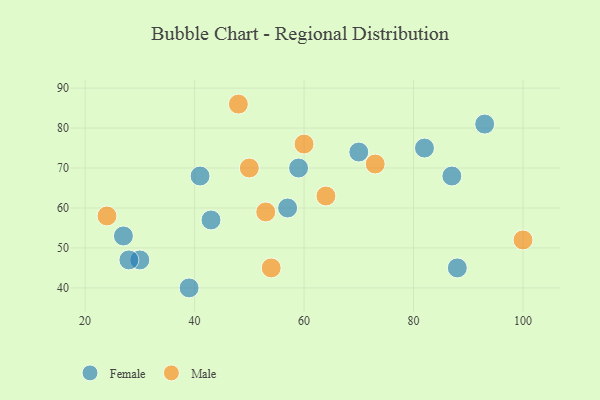
{"axis": {"x": "GDP", "y": "Life Expectancy"}, "legend": ["Female", "Male"], "data": [{"x": "82", "y": 75, "type": "Female"}, {"x": "30", "y": 47, "type": "Female"}, {"x": "93", "y": 81, "type": "Female"}, {"x": "43", "y": 57, "type": "Female"}, {"x": "41", "y": 68, "type": "Female"}, {"x": "88", "y": 45, "type": "Female"}, {"x": "87", "y": 68, "type": "Female"}, {"x": "59", "y": 70, "type": "Female"}, {"x": "39", "y": 40, "type": "Female"}, {"x": "28", "y": 47, "type": "Female"}, {"x": "27", "y": 53, "type": "Female"}, {"x": "70", "y": 74, "type": "Female"}, {"x": "57", "y": 60, "type": "Female"}, {"x": "73", "y": 71, "type": "Male"}, {"x": "48", "y": 86, "type": "Male"}, {"x": "64", "y": 63, "type": "Male"}, {"x": "60", "y": 76, "type": "Male"}, {"x": "54", "y": 45, "type": "Male"}, {"x": "53", "y": 59, "type": "Male"}, {"x": "24", "y": 58, "type": "Male"}, {"x": "100", "y": 52, "type": "Male"}, {"x": "50", "y": 70, "type": "Male"}]}